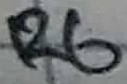
Text: R6